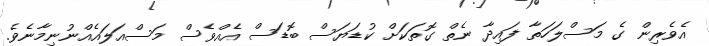
އެވެރިން ގެ މަސްލަހަތާ ފައިދާ ނެތް ގޮތަކަށް ކުޑަޔަސް ބޮޑަސް އެއްވެސް މަސްއަލައެއްނުނިމާނެވެ.